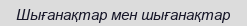
Шығанақтар мен шығанақтар